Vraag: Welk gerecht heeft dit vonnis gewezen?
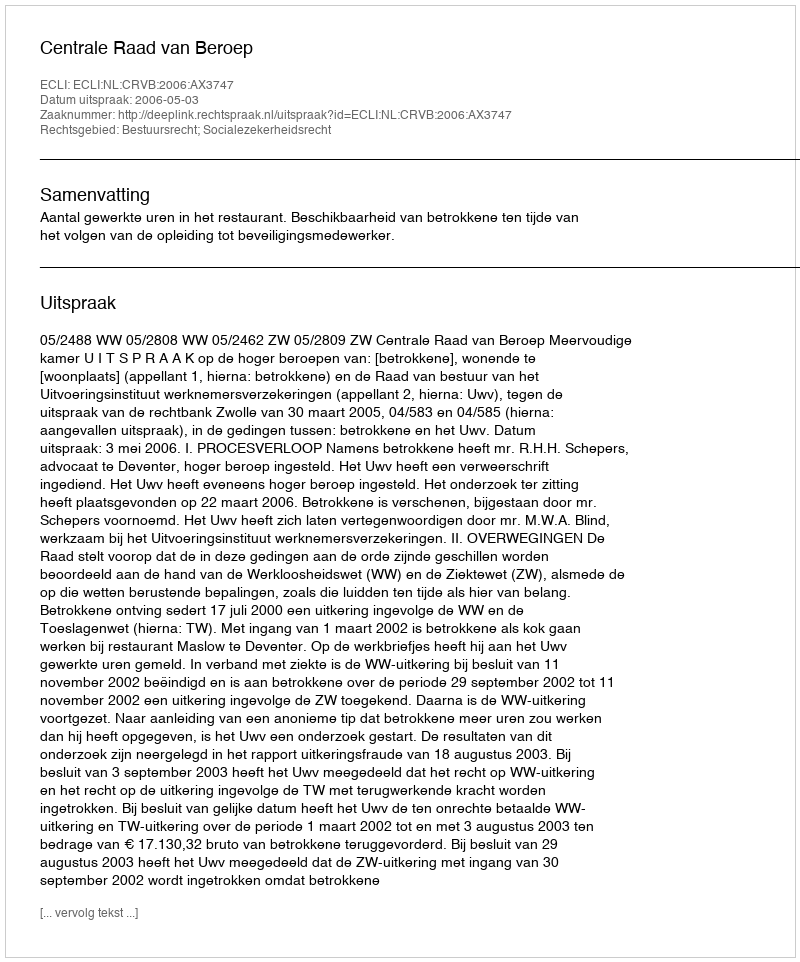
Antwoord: Centrale Raad van Beroep